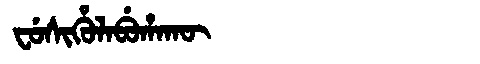
Manchu: ᠸᡠᠰᡳᡥᡠᠯᠠᠪᡠᡥᠠᡴᡡ
Romanization: FUSIHULABUHAKŪ